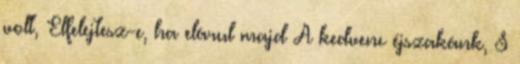
volt, Elfelejtesz-e, ha elárul majd A kedvenc éjszakánk, S